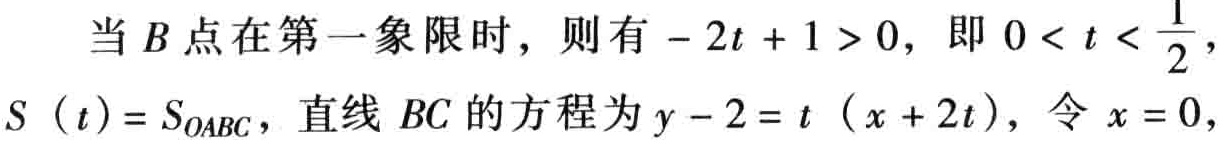
当\(B\)点在第一象限时，则有\(-2t + 1 > 0\)，即\(0 < t < \frac{1}{2}\)，\(S(t)=S_{OABC}\)，直线\(BC\)的方程为\(y - 2 = t(x + 2t)\)，令\(x = 0\)，